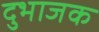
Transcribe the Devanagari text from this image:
दुभाजक